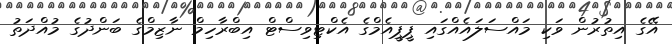
އޭގެ އިތުރުން ވަކި މައްސަލައެއްގައި ޕީޕީއެމްގެ އެކްޓިވިސްޓް އިބްރާހިމް ނާޒިމްގެ ބަންދުގެ މުއްދަތު